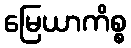
မြေယာကိစ္စ